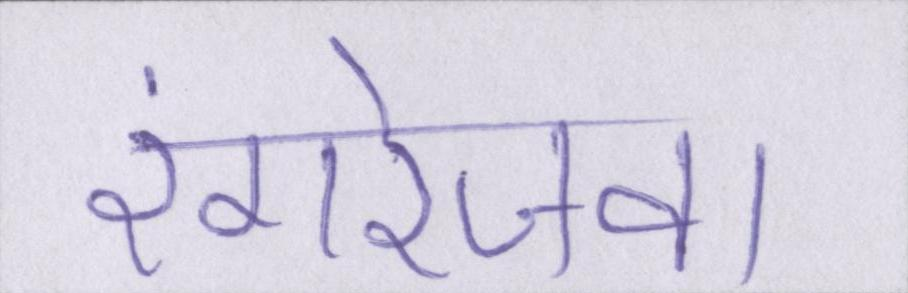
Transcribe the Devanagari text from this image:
रंगरेजवा